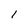
Character: 1